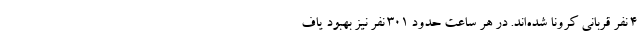
۴ نفر قربانی کرونا شده‌اند. در هر ساعت حدود ۳۰۱ نفر نیز بهبود یاف